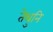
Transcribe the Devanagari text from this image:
तेथुनि